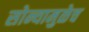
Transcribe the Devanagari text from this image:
सोन्यामुळेच